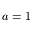
a = 1